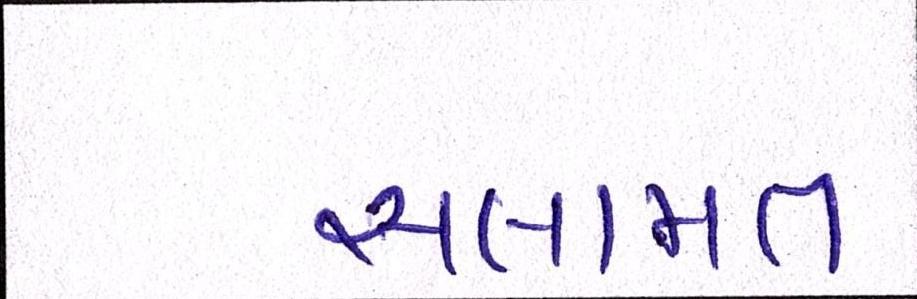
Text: સલામત